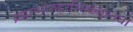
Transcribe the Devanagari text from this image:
ब्रह्माम्भोरुहरश्मिकेतुरनघो